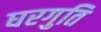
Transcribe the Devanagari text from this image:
घरगुति